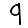
Digit: 9